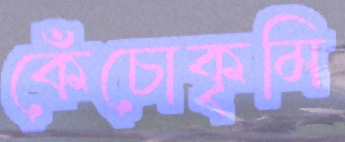
কেঁচোকৃমি